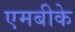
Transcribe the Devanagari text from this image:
एमबीके